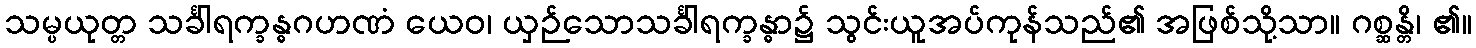
သမ္ပယုတ္တ သင်္ခါရက္ခန္ဓဂဟဏံ ယေဝ၊ ယှဉ်သောသင်္ခါရက္ခန္ဓာ၌ သွင်းယူအပ်ကုန်သည်၏ အဖြစ်သို့သာ။ ဂစ္ဆန္တိ၊ ၏။